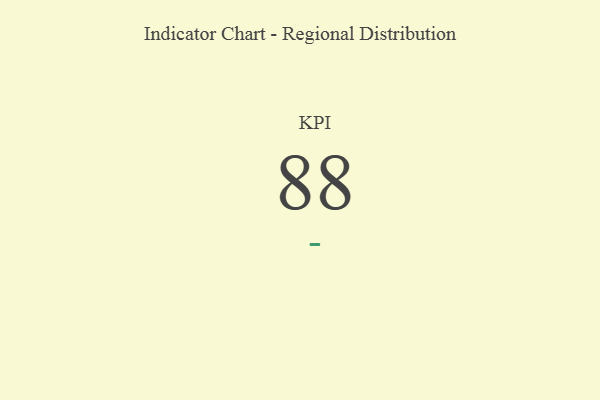
{"axis": {"x": "KPI", "y": "Value"}, "legend": [""], "data": [{"x": "KPI", "y": 88, "type": ""}]}